Annual administration report of the Civil Veterinary Department of India - 1902-1903
Year: 1902
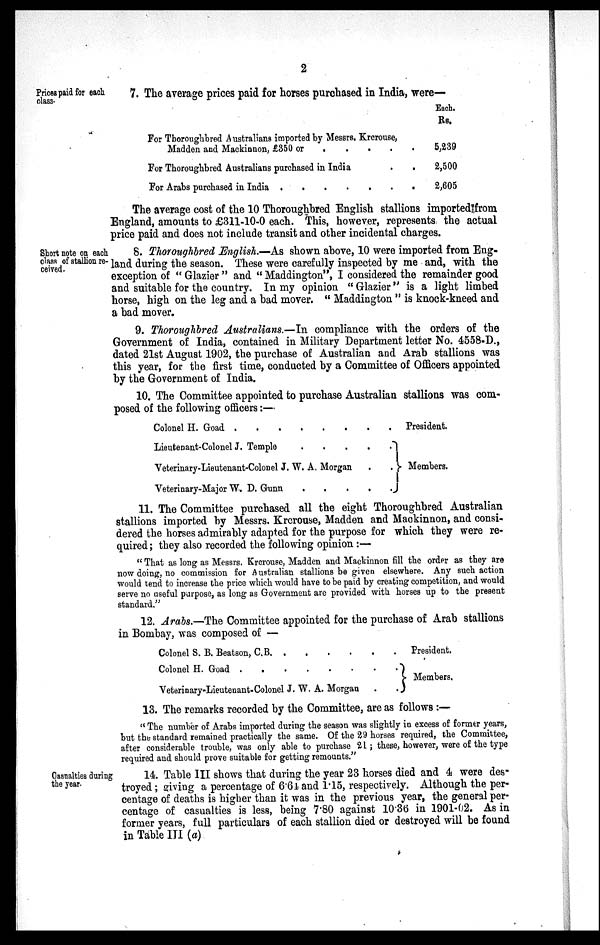
2
Prices paid for each
class.
7. The average prices paid for horses purchased in India, were—
For Thoroughbred Australians imported by Messrs. Krerouse,
Madden and Mackinnon, £350 or
.
.
.
.
.
For Thoroughbred Australians purchased in India
.
.
For Arabs purchased in India . . . . . . .
Each.
Rs.
5,239
2,500
2,605
The average cost of the 10 Thoroughbred English stallions imported from
England, amounts to £311-10-0 each. This, however, represents the actual
price paid and does not include transit and other incidental charges.
Short note on each
class of stallion re-
ceived.
8. Thoroughbred English.—As shown above, 10 were imported from Eng-
land during the season. These were carefully inspected by me and, with the
exception of "Glazier" and "Maddington", I considered the remainder good
and suitable for the country. In my opinion "Glazier" is a light limbed
horse, high on the leg and a bad mover. "Maddington" is knock-kneed and
a bad mover.
9. Thoroughbred Australians.—In compliance with the orders of the
Government of India, contained in Military Department letter No. 4558-D.,
dated 21st August 1902, the purchase of Australian and Arab stallions was
this year, for the first time, conducted by a Committee of Officers appointed
by the Government of India.
10. The Committee appointed to purchase Australian stallions was com-
posed of the following officers:—
Colonel H. Goad
.
.
.
.
.
.
.
.
Lieutenant-Colonel J. Temple
.
.
.
.
.
.
Veterinary-Lieutenant-Colonel J. W. A. Morgan
.
.
Veterinary-Major W. D. Gunn
.
.
.
.
.
President.
Members.
11. The Committee purchased all the eight Thoroughbred Australian
stallions imported by Messrs. Krcrouse, Madden and Mackinnon, and consi-
dered the horses admirably adapted for the purpose for which they were re-
quired; they also recorded the following opinion :—
"That as long as Messrs. Krcrouse, Madden and Mackinnon fill the order as they are
now doing, no commission for Australian stallions be given elsewhere. Any such action
would tend to increase the price which would have to be paid by creating competition, and would
serve no useful purpose, as long as Government are provided with horses up to the present
standard."
12. Arabs.—The Committee appointed for the purchase of Arab stallions
in Bombay, was composed of —
Colonel S. B. Beatson, C.B
.
.
.
.
.
.
.
Colonel H. Goad
.
.
.
.
.
.
.
Veterinary-Lieutenant-Colonel J. W. A. Morgan
.
.
President.
Members.
13. The remarks recorded by the Committee, are as follows :—
"The number of Arabs imported during the season was slightly in excess of former years,
but the standard remained practically the same. Of the 29 horses required, the Committee,
after considerable trouble, was only able to purchase 21; these, however, were of the type
required and should prove suitable for getting remounts."
Casualties during
the year.
14. Table III shows that during the year 23 horses died and 4 were des-
troyed; giving a percentage of 6.64 and 1.15, respectively. Although the per-
centage of deaths is higher than it was in the previous year, the general per-
centage of casualties is less, being 7.80 against 10.36 in 1901-02. As in
former years, full particulars of each stallion died or destroyed will be found
in Table III (a)